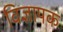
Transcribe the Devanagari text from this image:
विज्ञापक